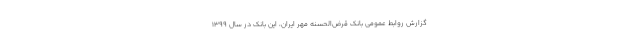
گزارش روابط عمومی بانک قرض‌الحسنه مهر ایران، این بانک در سال 1399